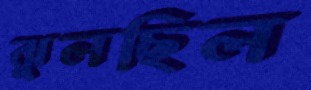
ঝুলছিল